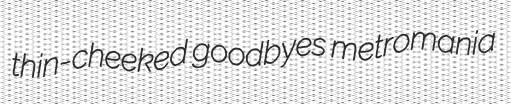
thin-cheeked goodbyes metromania